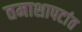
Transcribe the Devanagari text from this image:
तमाशापटांत